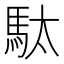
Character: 駄